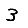
Digit: 3